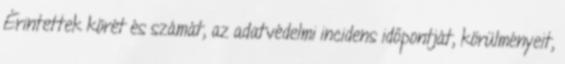
Érintettek körét és számát, az adatvédelmi incidens időpontját, körülményeit,